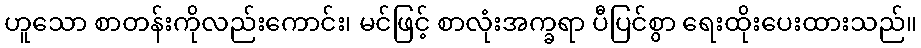
ဟူသော စာတန်းကိုလည်းကောင်း၊ မင်ဖြင့် စာလုံးအက္ခရာ ပီပြင်စွာ ရေးထိုးပေးထားသည်။